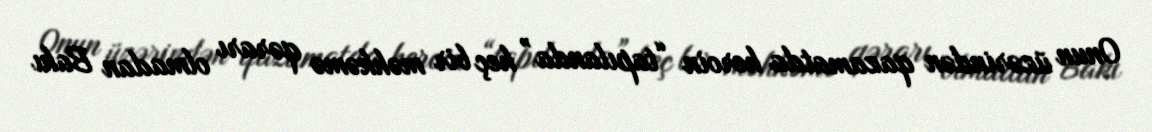
Onun üzərindən qazamatda heroin “tapılanda” heç bir məhkəmə qərarı olmadan Bakı